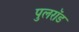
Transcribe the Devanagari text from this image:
पुलरॉड